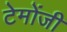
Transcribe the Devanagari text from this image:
टेमोंजी